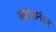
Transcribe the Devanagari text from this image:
संग्रामानंतर